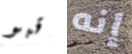
قبو إنه